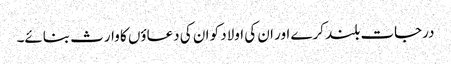
درجات بلند کرے اور ان کی اولاد کو ان کی دعاؤں کا وارث بنائے۔